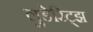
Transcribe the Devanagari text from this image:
लुडेरिट्झ